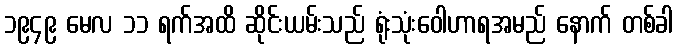
၁၉၄၉ မေလ ၁၁ ရက်အထိ ဆိုင်းယမ်းသည် ရုံးသုံးဝေါဟာရအမည် နောက် တစ်ခါ